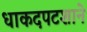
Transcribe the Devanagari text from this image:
धाकदपटशाने